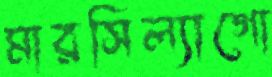
মারসিল্যাগো